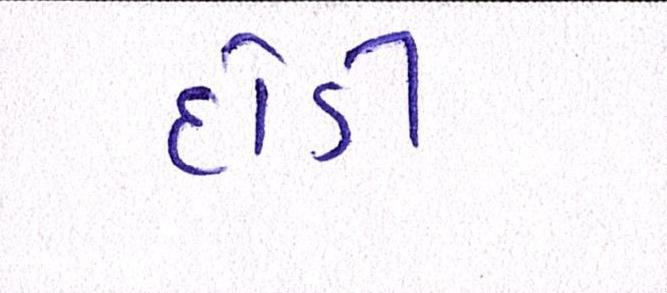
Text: દોડી